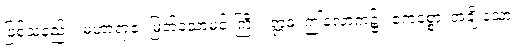
ဖြစ်သနည်း။ မဟာရာဇ၊ မြတ်သောမင်းကြီး။ ဣဓ၊ ဤလောက၌။ ဧကစ္စော၊ အချို့သော။